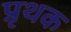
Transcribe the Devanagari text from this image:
प्रृथक